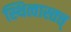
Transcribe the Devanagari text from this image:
स्थित्वास्तत्त्